Civil Veterinary Department Bihar & Orissa reports 1929-36 - 1929-1936
Year: 1929
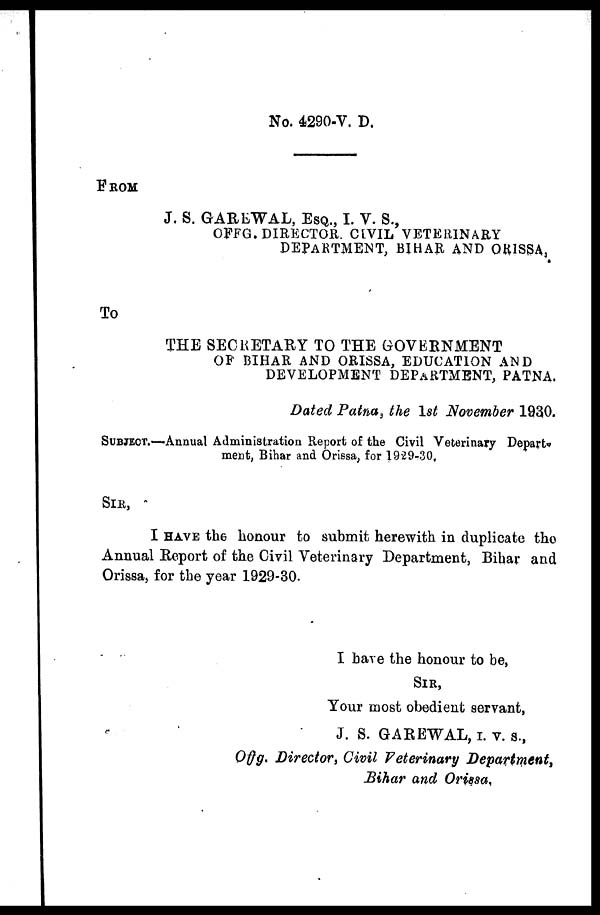
No. 4290-V. D.
FROM
J, S. GAREWAL, ESQ., I. V. 8.,
OFFG. DIRECTOR. CIVIL VETERINARY
DEPARTMENT, BIHAR AND ORISSA,
To
THE SECRETARY TO THE GOVERNMENT
OF BIHAR AND ORISSA, EDUCATION AND
DEVELOPMENT DEPARTMENT, PATNA.
Dated Patna 3 the 1st November 1930.
SUBJECT.—-Annual Administration Report of the Civil Veterinary Depart-
ment, Bihar and Orissa, for 1929-30.
SIR,
I HAVE the honour to submit herewith in duplicate the
Annual Report of the Civil Veterinary Department, Bihar and
Orissa, for the year 1929-30.
I have the honour to be,
SIR,
Your most obedient servant,
J. S. GAREWAL, I.V. S.,
Offg. Director, Civil Veterinary Department,
Bihar and Orissa,